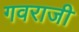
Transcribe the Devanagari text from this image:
गवराजी